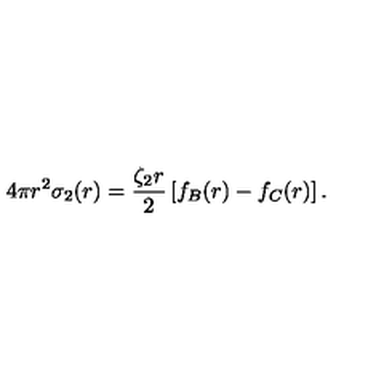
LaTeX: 4 \pi r ^ { 2 } \sigma _ { 2 } ( r ) = \frac { \zeta _ { 2 } r } { 2 } \left[ f _ { B } ( r ) - f _ { C } ( r ) \right] .